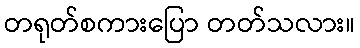
တရုတ်စကားပြော တတ်သလား။